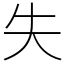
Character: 失